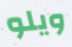
ويلو